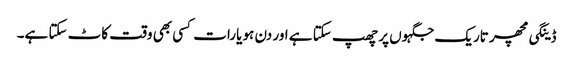
ڈینگی مچھر تاریک جگہوں پر چھپ سکتا ہے اور دن ہو یارات کسی بھی وقت کاٹ سکتا ہے۔